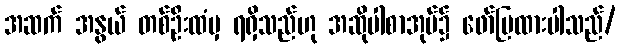
အဆက် အနွယ် တစ်ဦးထံမှ ရရှိသည်ဟု အဆိုပါစာအုပ်၌ ဖော်ပြထားပါသည်/